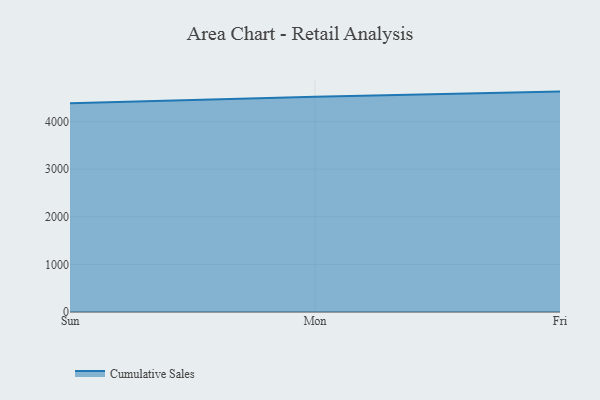
{"axis": {"x": "Day", "y": "Tickets Resolved"}, "legend": ["Cumulative Sales"], "data": [{"x": "Sun", "y": 4386.4, "type": "Cumulative Sales"}, {"x": "Mon", "y": 4520.1, "type": "Cumulative Sales"}, {"x": "Fri", "y": 4628.8, "type": "Cumulative Sales"}]}